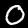
Label: 0